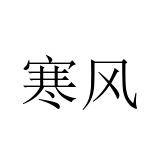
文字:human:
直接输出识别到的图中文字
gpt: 寒风